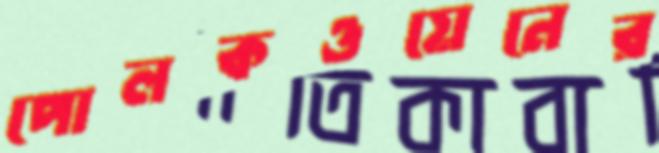
পোলকওয়েনের